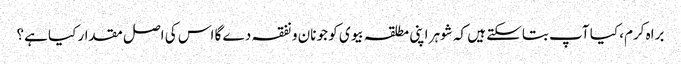
براہ کرم، کیا آپ بتاسکتے ہیں کہ شوہر اپنی مطلقہ بیوی کو جو نان و نفقہ دے گا اس کی اصل مقدار کیا ہے؟